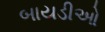
બાયડીઓ